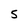
Character: 5